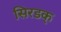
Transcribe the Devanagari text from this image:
सिरडक्